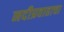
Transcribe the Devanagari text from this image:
नदीप्रवाहाचा